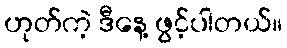
ဟုတ်ကဲ့ ဒီနေ့ ဖွင့်ပါတယ်။